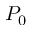
P _ { 0 }